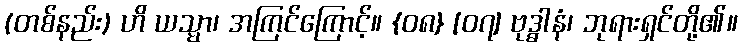
(တစ်နည်း) ဟိ ယသ္မာ၊ အကြင်ကြောင့်။ {၀၈} [၀၇] ဗုဒ္ဓါနံ၊ ဘုရားရှင်တို့၏။